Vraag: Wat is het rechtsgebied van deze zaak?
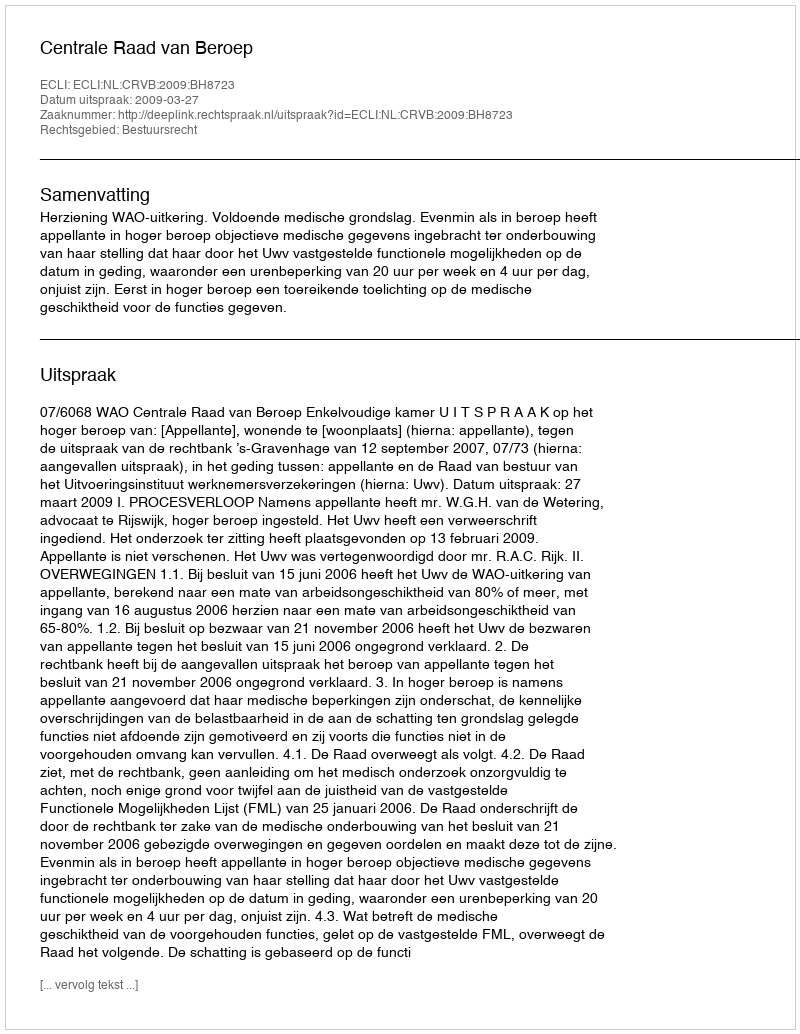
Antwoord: Bestuursrecht